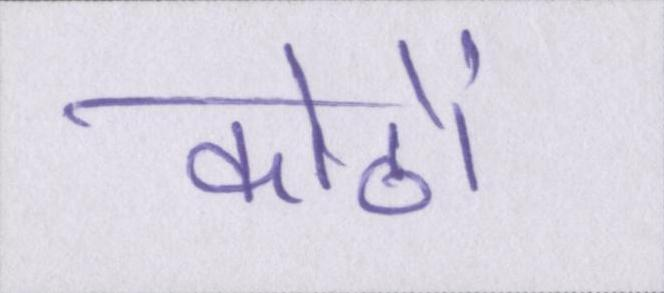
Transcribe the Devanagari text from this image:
कोठों